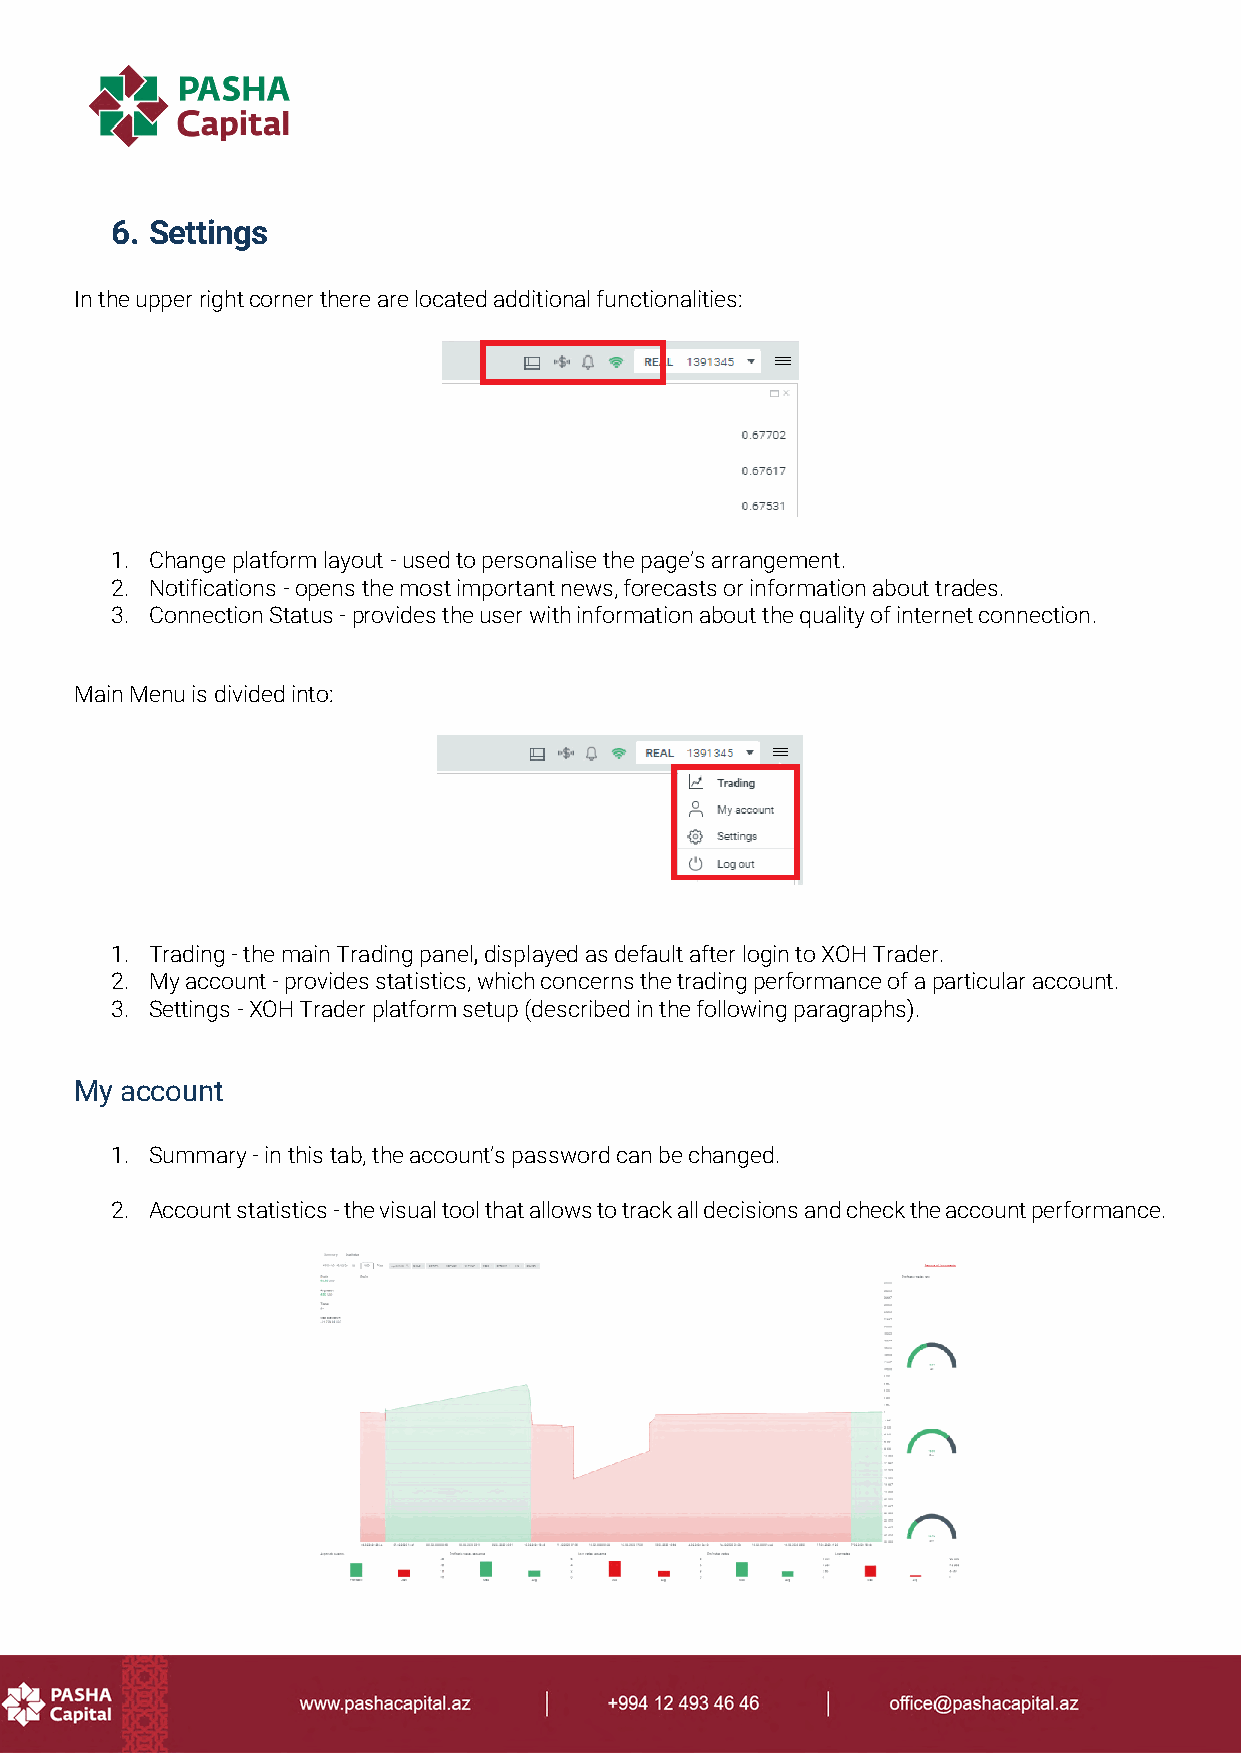
6. Settings
 In the upper right corner there are located additional functionalities:
 1. Change platform layout - used to personalise the page’s arrangement.
 2. Notifications - opens the most important news, forecasts or information about trades.
 3. Connection Status - provides the user with information about the quality of internet connection.
 Main Menu is divided into:
 1. Trading - the main Trading panel, displayed as default after login to XOH Trader.
 2. My account - provides statistics, which concerns the trading performance of a particular account.
 3. Settings - XOH Trader platform setup (described in the following paragraphs).
 My account
 1. Summary - in this tab, the account’s password can be changed.
 2. Account statistics - the visual tool that allows to track all decisions and check the account performance.